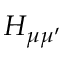
H _ { \mu \mu ^ { \prime } }